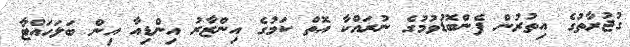
ގުުޖުރާތުގެ އިތުރުން ފެންބޮޑުވުމުގެ ނުރައްކާ އޮތް ކަމުގެ އިންޒާރު އިންޑިއާ އިން ބަލަހައްޓާ